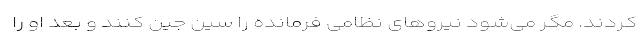
کردند. مگر می‌شود نیروهای نظامی فرمانده را سین جین کنند و بعد او را